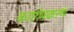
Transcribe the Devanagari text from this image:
काष्टोपकरण